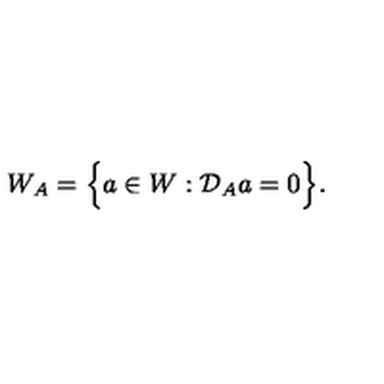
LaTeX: W _ { A } = \Big \{ a \in W : { \cal { D } } _ { A } a = 0 \Big \} .